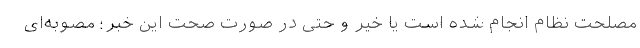
مصلحت نظام انجام شده است یا خیر و حتی در صورت صحت این خبر؛ مصوبه‌ای